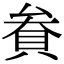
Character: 貵